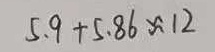
5 . 9 + 5 . 8 6 \approx 1 2